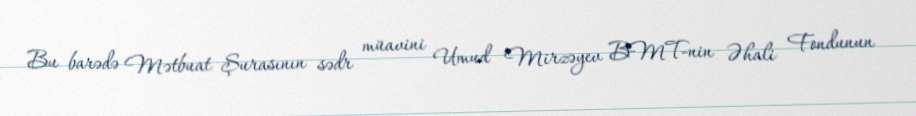
Bu barədə Mətbuat Şurasının sədr müavini Umud Mirzəyev BMT-nin Əhali Fondunun